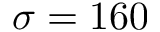
\sigma = 1 6 0